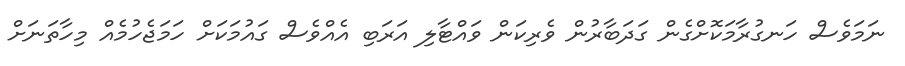
ނަމަވެސް ހަނގުރާމަކޮށްގެން ގަދަބާރުން ވެރިކަން ވައްޓާލި އަރަބި އެއްވެސް ގައުމަކަށް ހަމަޖެހުމެއް މިހާތަނަށް